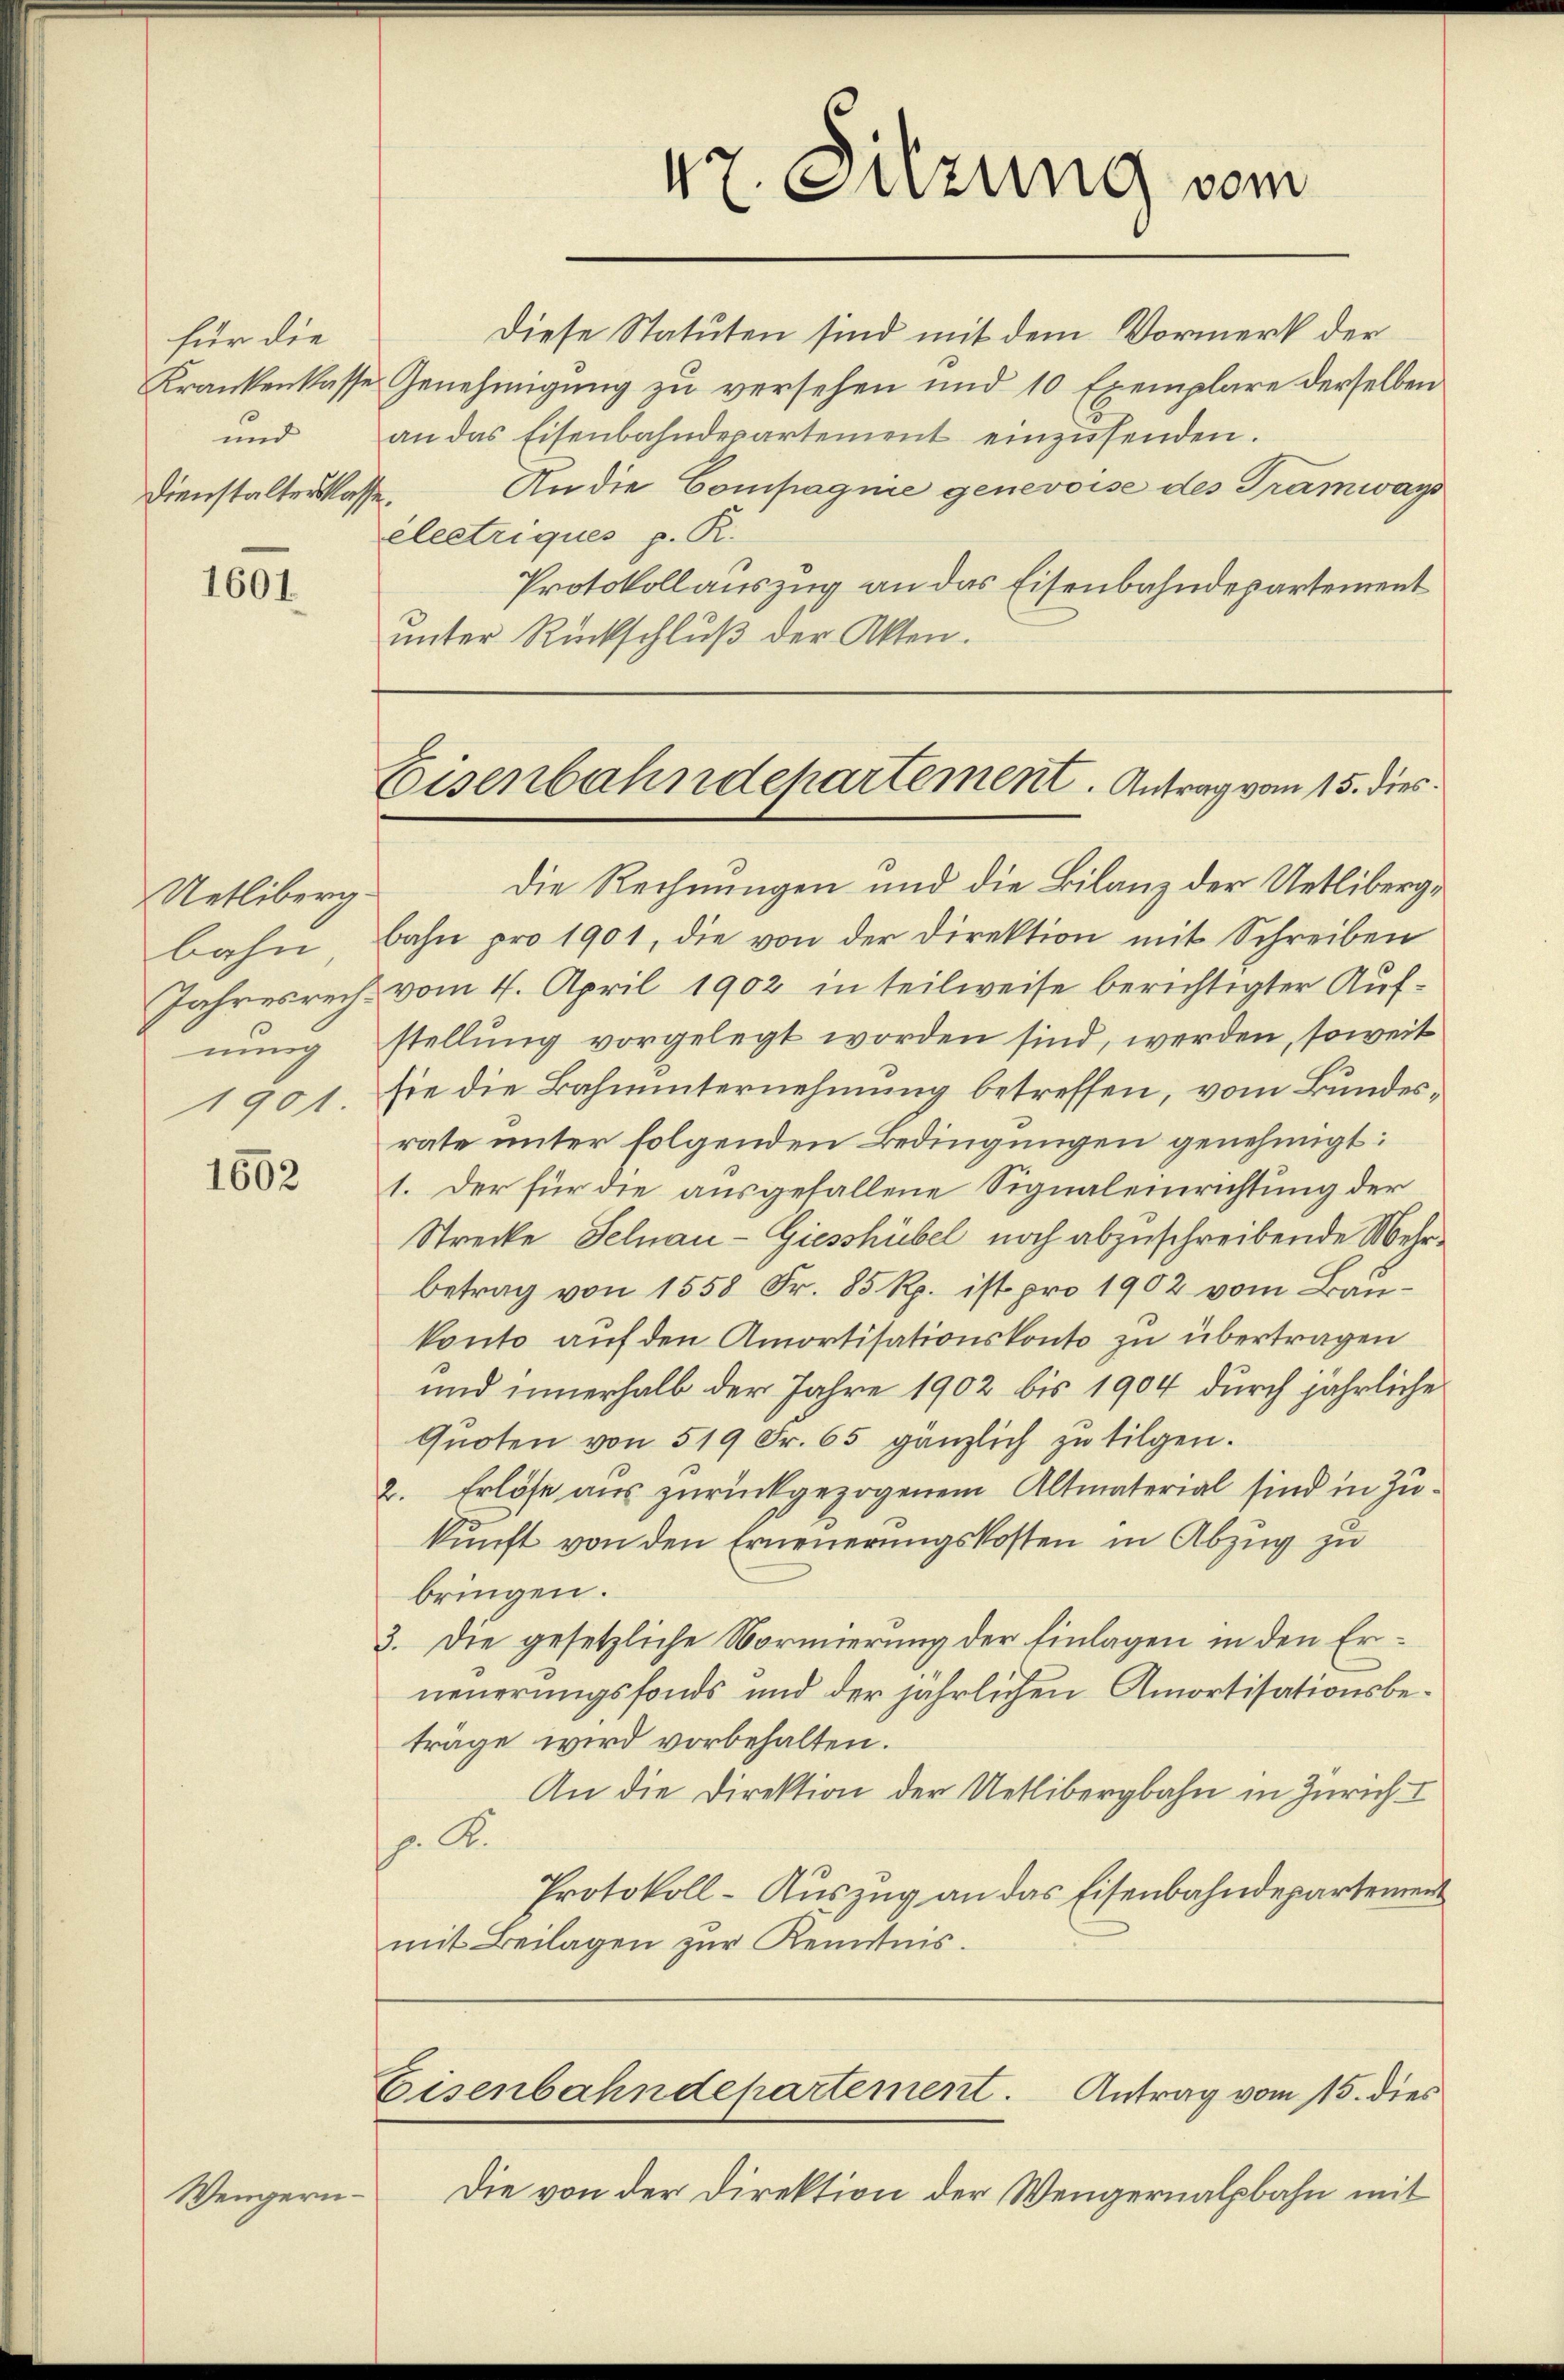
für die
Dienstalter Klasse.
l

1601

Uetliberg-
bahn.
nung
1901.

1602

Wengern

Diese Statuten sind mit dem Vormerk der
Krankenkasse Genehmigung zu versehen und 10 Exemplare derselben
ŭnd an das Eisenbahndepartement einzŭsenden.
An die Compagnie genevoise des Tramways
électriques p. R.
Protokollauszug an das Eisenbahndepartement
unter Rückschluß der Akten.

47. Sitzung vom

Eisenbahndepartement. Antrag vom 15. dies

Die Rechnungen und die Bilanz der Uetlibergbahn pro 1901, die von der Direktion mit Schreiben
Jahresrech vom 4. April 1902 in teilweise berichtigter Aufstellung vorgelegt worden sind, werden, soweit
sie die Bahnunternehmung betreffen, vom Bundesrate unter folgenden Bedingungen genehmigt:
1. Der für die ausgefallene Signaleinrichtung der
Strecke Selnau-Giesshübel noch abzuschreibende Mehrbetrag von 1558 Fr. 85 Rp. ist pro 1902 vom Baukonto auf den Amortisationskonto zu übertragen
und innerhalb der Jahre 1902 bis 1904 durch jährliche
Quoten von 519 Fr. 65 gänzlich zu tilgen.
2. Erlöse aus zurückgezogenem Altmaterial sind in Zukunft von den Erneuerungskosten in Abzug zu
bringen.
3. Die gesetzliche Normierung der Einlagen in den Erneuerungsfonds und der jährlichen Amortisationsbeträge wird vorbehalten.
An die Direktion der Uetlibergbahn in Zürich. I
. A.
Protokoll- Auszug an das Eisenbahndepartement
mit Beilagen zŭr Kenntnis.

Antrag vom 15. dies
Eisenbahndepartement.

Die von der Direktion der Wengernalpbahn mit